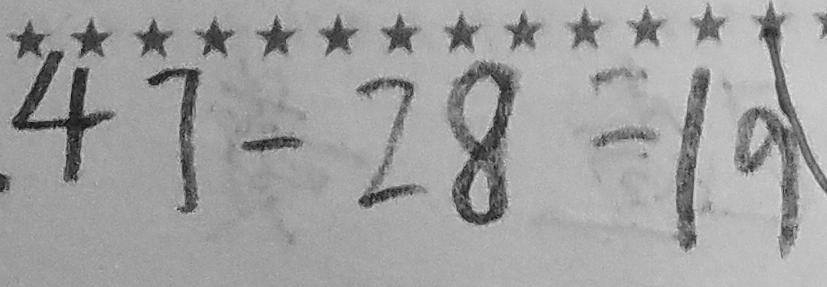
4 7 - 2 8 = 1 9